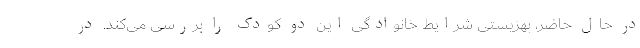
در حال حاضر، بهزیستی شرایط خانوادگی این دو کودک را بررسی می‌کند. در